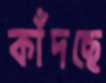
কাঁদছে